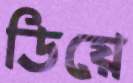
ডিয়ে